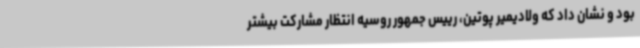
بود و نشان داد که ولادیمیر پوتین، رییس جمهور روسیه انتظار مشارکت بیشتر